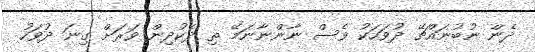
ދެން ނުބުނައްޗޭ ދުވަހަކު ވެސް ނާންނާނަމޭ ތި ދެކުދިން ވަރަށް ގިނަ ދުވަހު